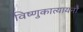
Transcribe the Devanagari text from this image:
विष्णुकात्यायनौ